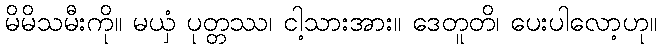
မိမိသမီးကို။ မယှံ ပုတ္တဿ၊ ငါ့သားအား။ ဒေတူတိ၊ ပေးပါလော့ဟု။